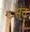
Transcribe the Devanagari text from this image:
स्ंत